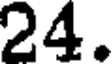
24.